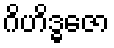
ဂိဟိဒ္ဓဇော